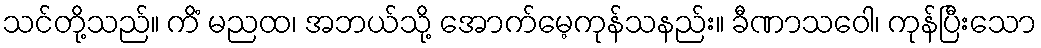
သင်တို့သည်။ ကိံ မညထ၊ အဘယ်သို့ အောက်မေ့ကုန်သနည်း။ ခီဏာသဝေါ၊ ကုန်ပြီးသော